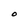
Character: O